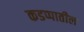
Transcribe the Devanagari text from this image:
कडप्पातील